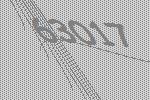
63017